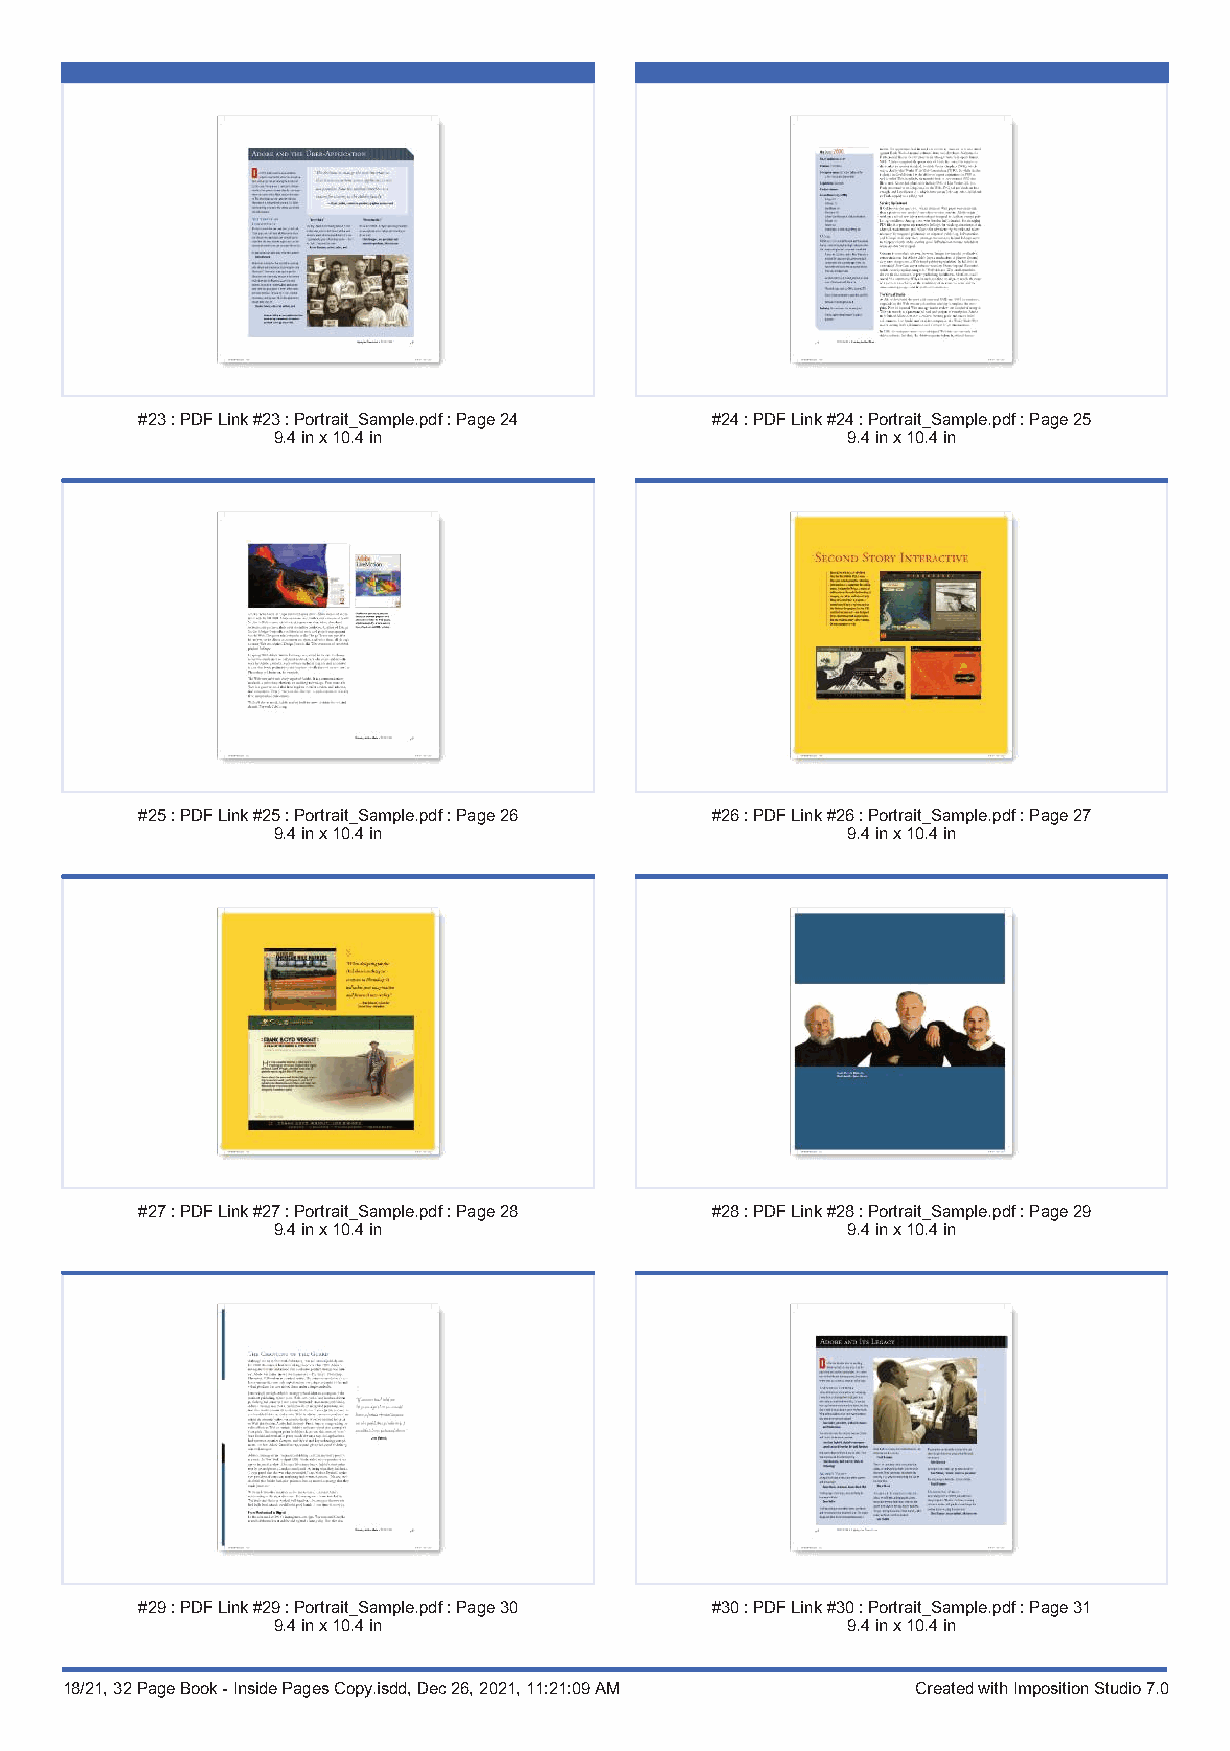
#23:PDFLink#23:Portrait_Sample.pdf:Page24 #24:PDFLink#24:Portrait_Sample.pdf:Page25
 9.4inx10.4in                          9.4inx10.4in
 #25:PDFLink#25:Portrait_Sample.pdf:Page26 #26:PDFLink#26:Portrait_Sample.pdf:Page27
 9.4inx10.4in                          9.4inx10.4in
 #27:PDFLink#27:Portrait_Sample.pdf:Page28 #28:PDFLink#28:Portrait_Sample.pdf:Page29
 9.4inx10.4in                          9.4inx10.4in
 #29:PDFLink#29:Portrait_Sample.pdf:Page30 #30:PDFLink#30:Portrait_Sample.pdf:Page31
 9.4inx10.4in                          9.4inx10.4in
 18/21, 32 Page Book - Inside Pages Copy.isdd, Dec 26, 2021, 11:21:09 AM Created with Imposition Studio 7.0